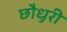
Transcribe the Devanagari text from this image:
छौधुरी